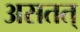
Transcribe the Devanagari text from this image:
असतत्